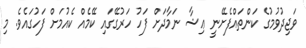
ވަޖިދުވުމުގެ ކަންތައްފެށޭނީ ޢިޝާ ނަމާދަށް ފަހު ހަރުގޭގައި ކޭމެއް ކެއުމަށް ފަހުގައެވެ. މި